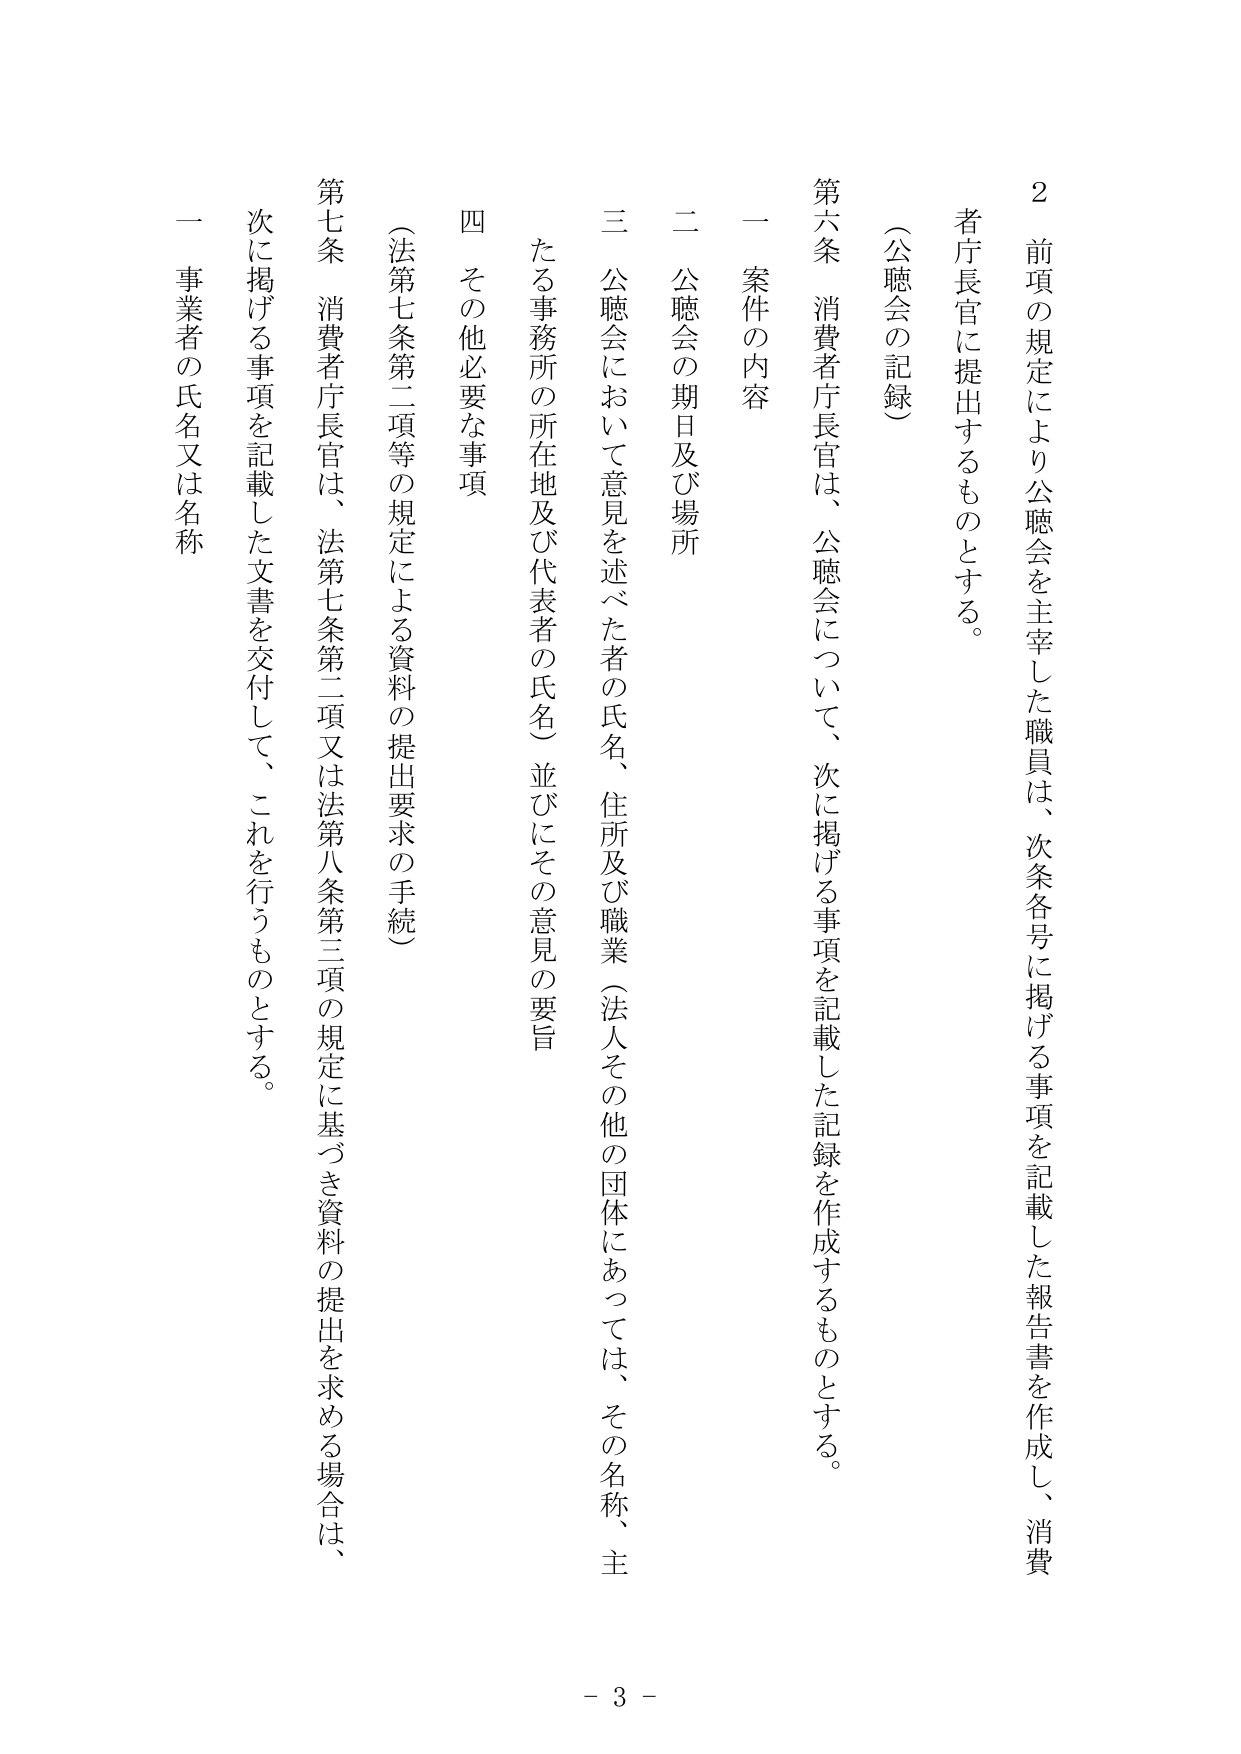
2 前項の規定により公聴会を主宰した職員は、次条各号に掲げる事項を記載した報告書を作成し、消費者庁長官に提出するものとする。

（公聴会の記録）

第六条 消費者庁長官は、公聴会について、次に掲げる事項を記載した記録を作成するものとする。

一 案件の内容

二 公聴会の期日及び場所

三 公聴会において意見を述べた者の氏名、住所及び職業（法人その他の団体にあっては、その名称、主たる事務所の所在地及び代表者の氏名）並びにその意見の要旨

四 その他必要な事項

（法第七条第二項等の規定による資料の提出要求の手続）

第七条 消費者庁長官は、法第七条第二項又は法第八条第三項の規定に基づき資料の提出を求める場合は、次に掲げる事項を記載した文書を交付して、これを行うものとする。

一 事業者の氏名又は名称

- 3 -